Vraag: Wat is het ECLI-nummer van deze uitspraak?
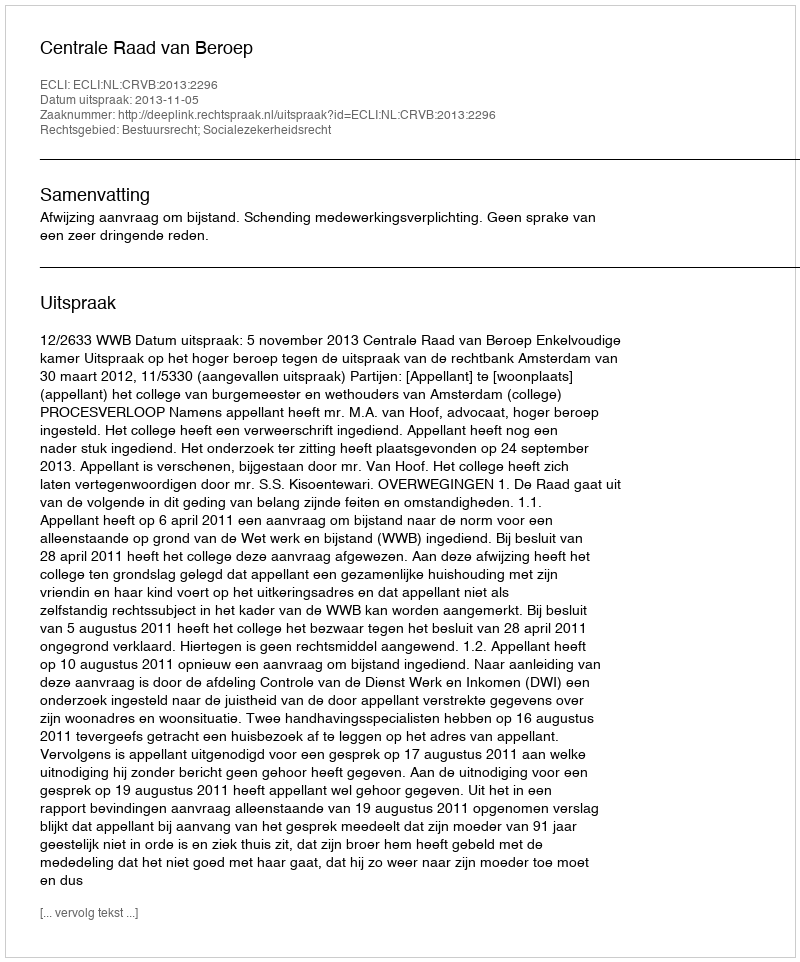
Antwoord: ECLI:NL:CRVB:2013:2296